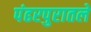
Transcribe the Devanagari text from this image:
पंढरपुरातले